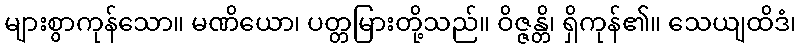
များစွာကုန်သော။ မဏိယော၊ ပတ္တမြားတို့သည်။ ဝိဇ္ဇန္တိ၊ ရှိကုန်၏။ သေယျထိဒံ၊